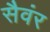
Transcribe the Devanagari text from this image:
सैवंर